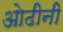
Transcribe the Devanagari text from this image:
ओढीनी